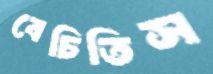
বেচিতিস